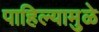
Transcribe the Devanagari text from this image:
पाहिल्यामुळे